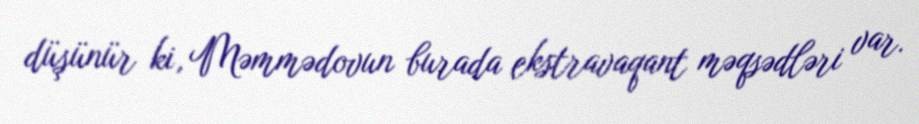
düşünür ki, Məmmədovun burada ekstravaqant məqsədləri var.